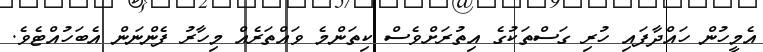
އެމީހުން ހައްދާފައި ހުރި ގަސްތަކުގެ އިތުރަށްވެސް ކިތަންމެ ވައްތަރެއް މިހާރު ފެންނަން އެބަހުއްޓެވެ.